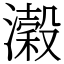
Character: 濲